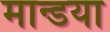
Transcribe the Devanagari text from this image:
मान्डया